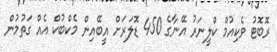
ރޮބޮޓު ވެކިއުމް ކްލީނަރު އޭނާގެ 450 ޑޮލަރަށް އީބޭއިން މެކްބުކް އެއް ގަތުމުން